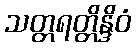
သတ္တရတ္တိန္ဒိဝံ